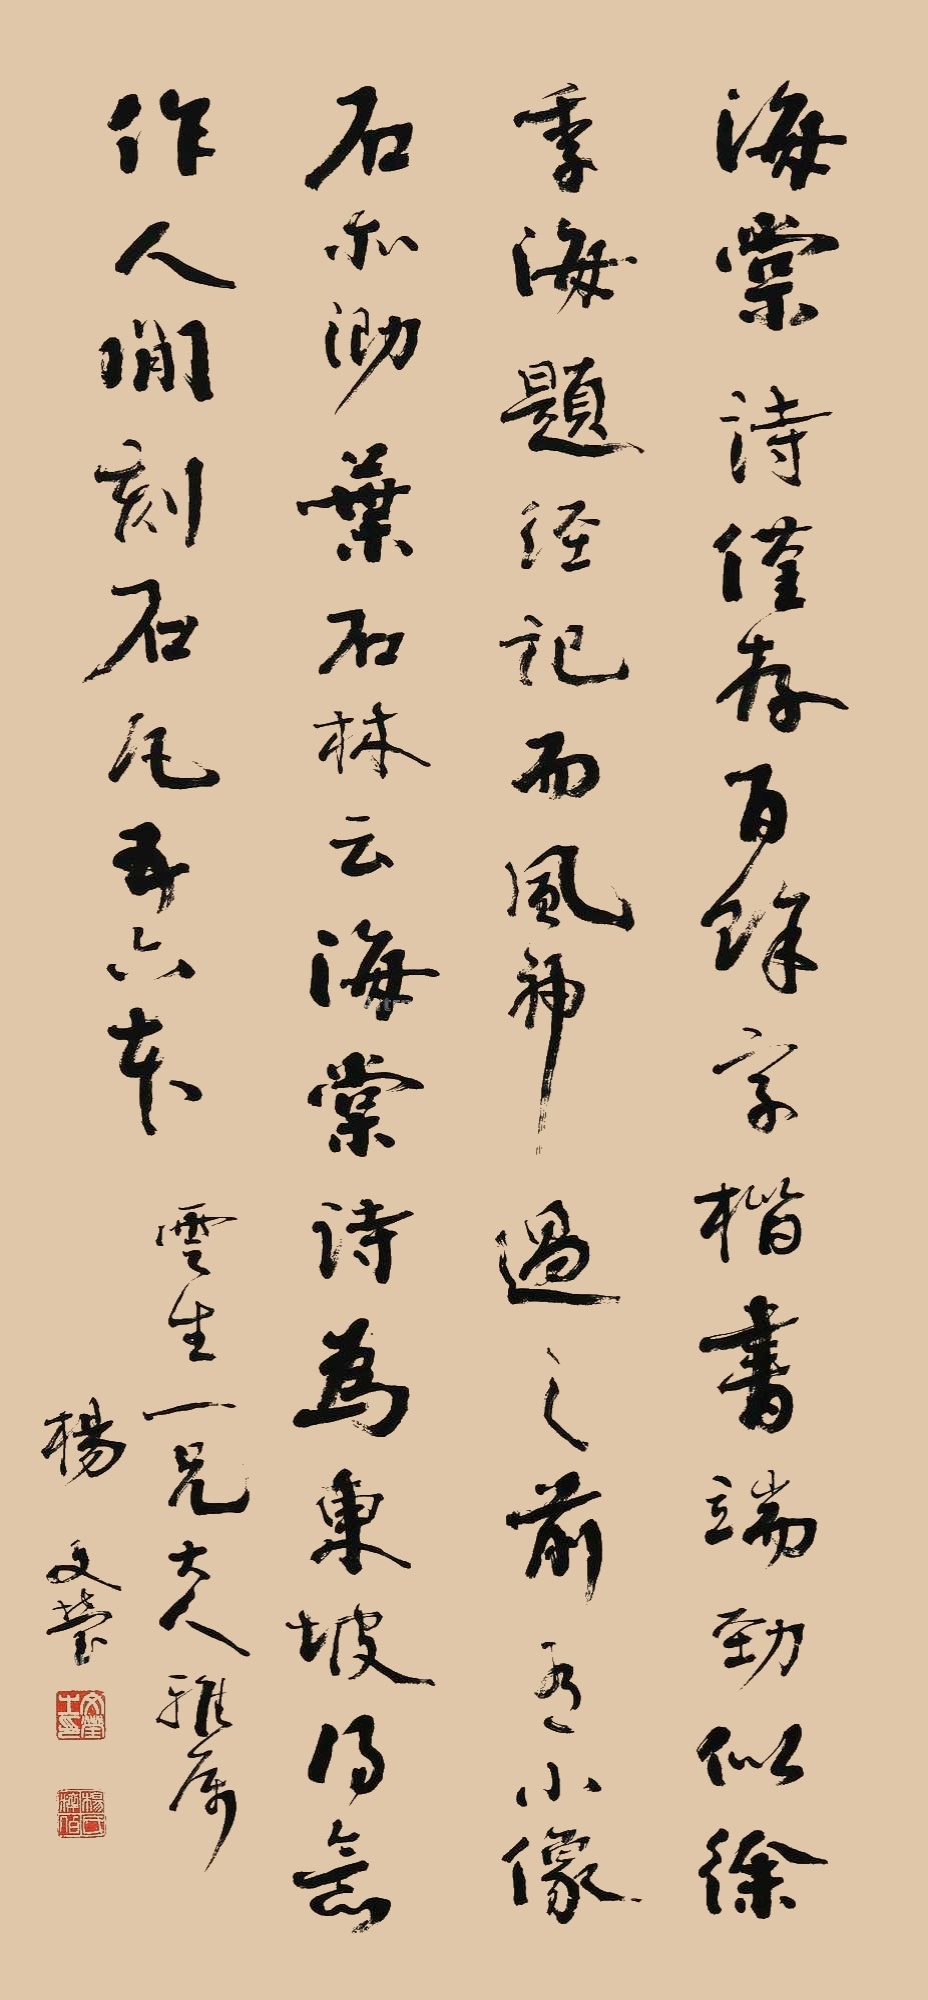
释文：海棠诗仅存百余字，楷书端劲似徐季海题经记，而风神过之。前有小像，石亦泐。叶石林云：海棠诗为东坡得意作。人间刻石凡五六本。云生一兄大人雅属，杨文莹。